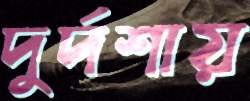
দুর্দশায়